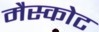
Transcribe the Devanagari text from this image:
मैस्कोट